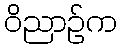
ဝိညာဉ်က